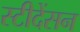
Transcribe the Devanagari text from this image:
स्टीदेंसन